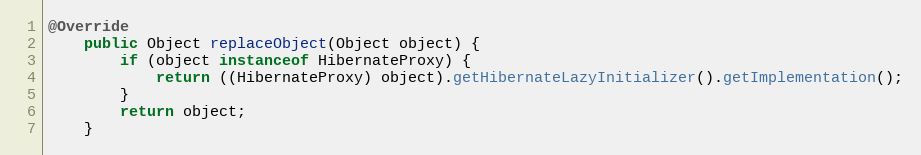
Language: Java
@Override
    public Object replaceObject(Object object) {
        if (object instanceof HibernateProxy) {
            return ((HibernateProxy) object).getHibernateLazyInitializer().getImplementation();
        }
        return object;
    }